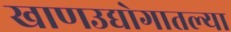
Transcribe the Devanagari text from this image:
खाणउद्योगातल्या